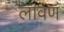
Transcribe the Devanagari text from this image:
लावणं